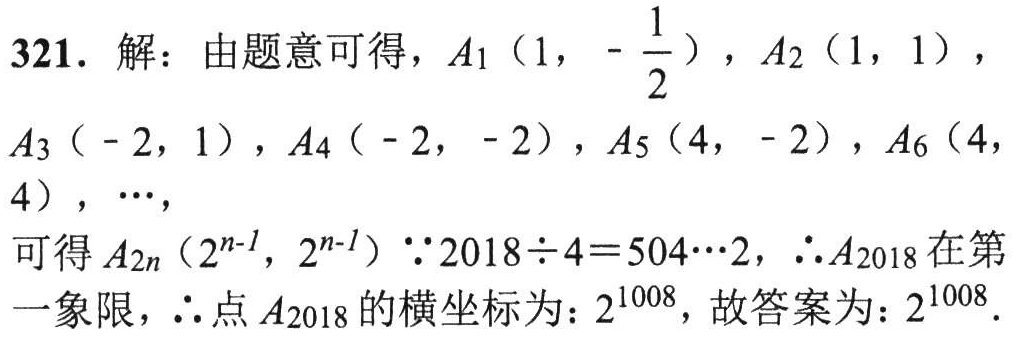
321. 解：由题意可得，\(A_1\left(1,-\frac{1}{2}\right)\)，\(A_2(1,1)\)，
\(A_3(-2,1)\)，\(A_4(-2,-2)\)，\(A_5(4,-2)\)，\(A_6(4,4)\)，\(\cdots\)，
可得\(A_{2n}\left(2^{n - 1},2^{n - 1}\right)\) \(\because 2018\div4 = 504\cdots2\)，\(\therefore A_{2018}\)在第
一象限，\(\therefore\)点\(A_{2018}\)的横坐标为：\(2^{1008}\)，故答案为：\(2^{1008}\).